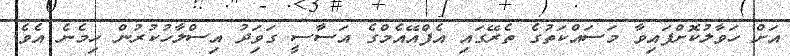
އަށް ހަވާލުކޮށްފައިވާ މަސައްކަތުގެ ތެރޭގައި އެފްއޭއެމްގެ އަސާސީ ގަވަިދު އިސްލާހުކުރުން ހިމެނެ އެވެ.